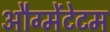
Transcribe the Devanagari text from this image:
औग्मेंटेटम